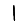
Digit: 1